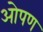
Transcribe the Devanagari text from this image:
ओपण